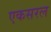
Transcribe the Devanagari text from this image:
एकसरल